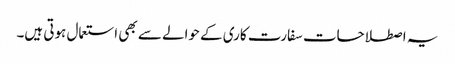
یہ اصطلاحات سفارت کاری کے حوالے سے بھی استعمال ہوتی ہیں۔